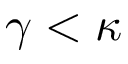
\gamma < \kappa